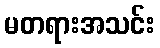
မတရားအသင်း